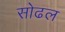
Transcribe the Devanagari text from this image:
सोढल